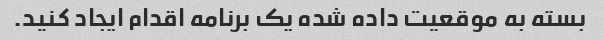
بسته به موقعیت داده شده یک برنامه اقدام ایجاد کنید.